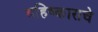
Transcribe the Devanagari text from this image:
बहिष्काराचे